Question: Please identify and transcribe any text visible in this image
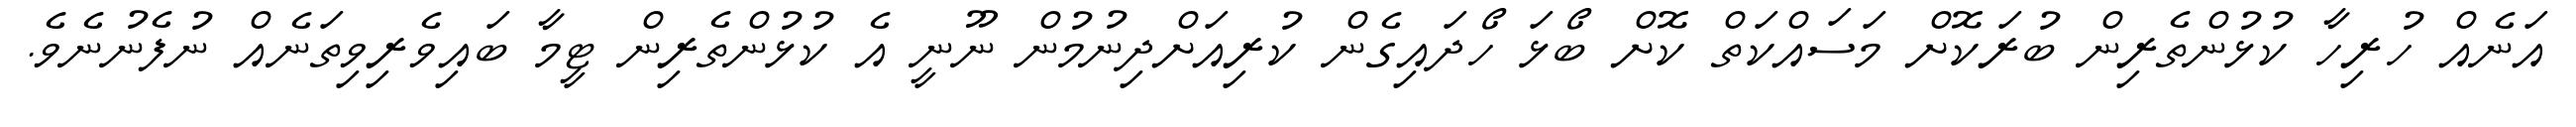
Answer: އަނެއް ހުރިހާ ކުޅުންތެރިން ބުރަކޮށް މަސައްކަތް ކޮށް ބޯޅަ ހޯދައިގެން ކުރިއަށްދިނުމުން ނޫނީ އެ ކުޅުންތެރިން ޓީމާ ބައިވެރިވިތަނެއް ނުފެނުނެވެ.